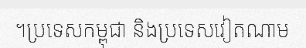
។ប្រទេសកម្ពុជា និងប្រទេសវៀតណាម